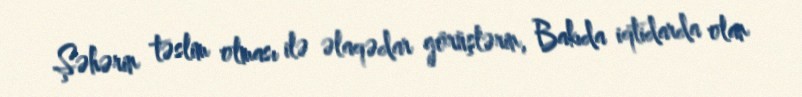
Şəhərin təslim olması ilə əlaqədar görüşlərin, Bakıda iqtidarda olan